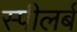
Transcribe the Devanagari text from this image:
स्पीलर्ब